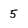
Character: 5